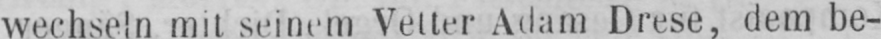
wechseln mit seinem Vetter Adam Drese, dem be-